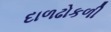
દાળઢોકળી